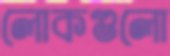
লোকগুলো